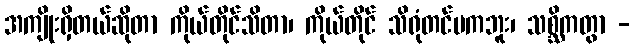
အကျိုးရှိတယ်ဆိုတာ ကိုယ်တိုင်သိတာ၊ ကိုယ်တိုင် သိရုံတင်မကဘူး၊ သစ္ဆိကတွာ -